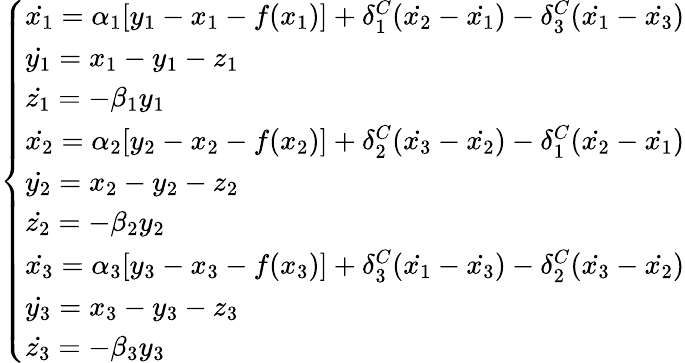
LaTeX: \left\{ \begin{array}{ll}{\dot{x_{1}}=\alpha_{1}[y_{1}-x_{1}-f(x_{1})]+\delta_{1}^{C}(\dot{x_{2}}-\dot{x_{1}})-\delta_{3}^{C}(\dot{x_{1}}-\dot{x_{3}})}\\ {\dot{y_{1}}=x_{1}-y_{1}-z_{1}}\\ {\dot{z_{1}}=-\beta_{1}y_{1}}\\ {\dot{x_{2}}=\alpha_{2}[y_{2}-x_{2}-f(x_{2})]+\delta_{2}^{C}(\dot{x_{3}}-\dot{x_{2}})-\delta_{1}^{C}(\dot{x_{2}}-\dot{x_{1}})}\\ {\dot{y_{2}}=x_{2}-y_{2}-z_{2}}\\ {\dot{z_{2}}=-\beta_{2}y_{2}}\\ {\dot{x_{3}}=\alpha_{3}[y_{3}-x_{3}-f(x_{3})]+\delta_{3}^{C}(\dot{x_{1}}-\dot{x_{3}})-\delta_{2}^{C}(\dot{x_{3}}-\dot{x_{2}})}\\ {\dot{y_{3}}=x_{3}-y_{3}-z_{3}}\\ {\dot{z_{3}}=-\beta_{3}y_{3}}\end{array}\right.